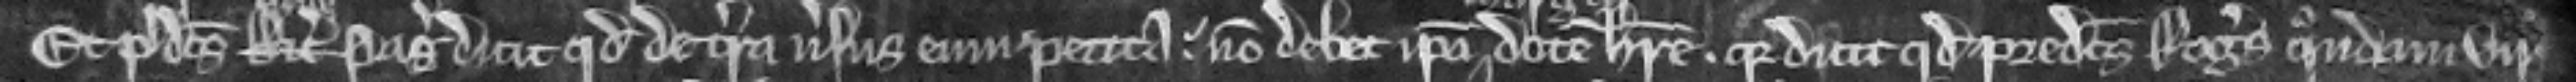
Et predictus Ricardus Willelmus Pag dicit quod de terra versus eum petita non debet ipsa dotem habere. quia dicit quod predictus Rogerus quondam vir